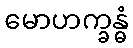
မောဟက္ခန္ဓံ